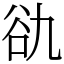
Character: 䜪